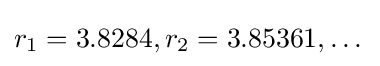
r_{1}=3.8284,r_{2}=3.85361,\dots